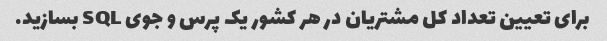
برای تعیین تعداد کل مشتریان در هر کشور یک پرس و جوی SQL بسازید.